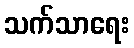
သက်သာရေး